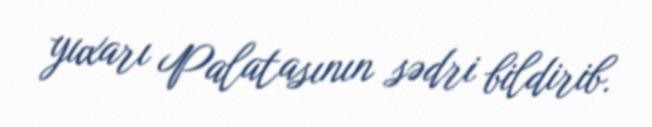
yuxarı Palatasının sədri bildirib.